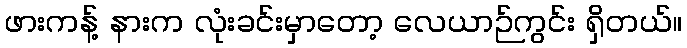
ဖားကန့် နားက လုံးခင်းမှာတော့ လေယာဉ်ကွင်း ရှိတယ်။